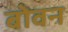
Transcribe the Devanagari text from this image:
बोवन